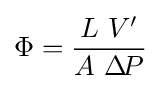
\Phi ={\frac {L\ V'}{A\ \Delta \!P}}